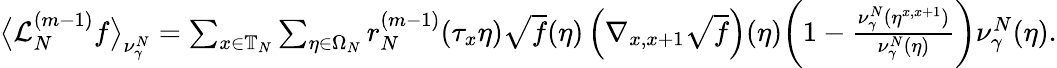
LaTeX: \begin{array}{r}{\big\langle\mathcal{L}_{N}^{(m-1)}f\big\rangle_{\nu_{\gamma}^{N}}=\sum_{x\in\mathbb{T}_{N}}\sum_{\eta\in\Omega_{N}}r_{N}^{(m-1)}(\tau_{x}\eta)\sqrt{f}(\eta)\left(\nabla_{x,x+1}\sqrt{f}\right)(\eta)\bigg(1-\frac{\nu_{\gamma}^{N}(\eta^{x,x+1})}{\nu_{\gamma}^{N}(\eta)}\bigg)\nu_{\gamma}^{N}(\eta).}\end{array}